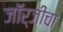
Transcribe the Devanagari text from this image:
जॉर्जीचा